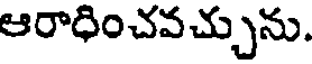
ఆరాధించవచ్చును.